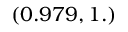
( 0 . 9 7 9 , 1 . )